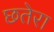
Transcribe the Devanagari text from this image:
छतेरा